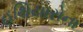
હથિયારોના